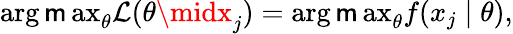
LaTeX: \operatorname{arg\mathsf{m}ax}_{\theta}{\mathcal{{L}}}(\theta\midx_{j})=\operatorname{arg\mathsf{m}ax}_{\theta}f(x_{j}\mid\theta),